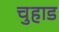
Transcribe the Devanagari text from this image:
चुहाड